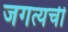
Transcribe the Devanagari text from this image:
जगत्यची